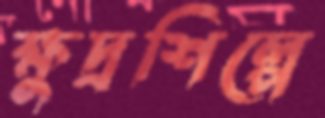
ক্ষুদ্রশিল্পে